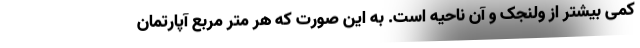
کمی بیشتر از ولنجک و آن ناحیه است. به این صورت که هر متر مربع آپارتمان